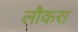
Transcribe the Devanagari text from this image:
लौकरा